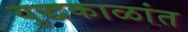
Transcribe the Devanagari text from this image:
युद्धकाळांत